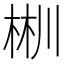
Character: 𣒜